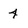
Character: 4